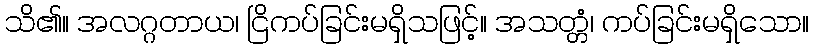
သိ၏။ အလဂ္ဂတာယ၊ ငြိကပ်ခြင်းမရှိသဖြင့်။ အသတ္တံ၊ ကပ်ခြင်းမရှိသော။